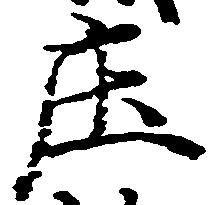
庄